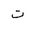
Letter: _ta